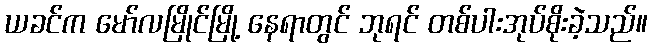
ယခင်က မော်လမြိုင်မြို့ နေရာတွင် ဘုရင် တစ်ပါးအုပ်စိုးခဲ့သည်။